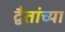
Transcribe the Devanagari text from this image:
द्वैतांच्या